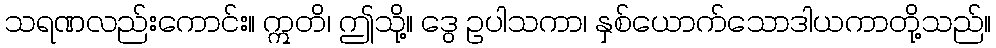
သရဏလည်းကောင်း။ ဣတိ၊ ဤသို့။ ဒွေ ဥပါသကာ၊ နှစ်ယောက်သောဒါယကာတို့သည်။